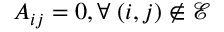
A _ { i j } = 0 , \forall \; ( i , j ) \notin \mathcal { E }